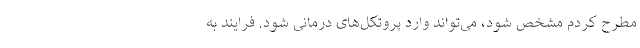
مطرح کردم مشخص شود، می‌تواند وارد پروتکل‌های درمانی شود. فرایند به